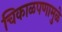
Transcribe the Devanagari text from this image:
चिकाळपणामुळे